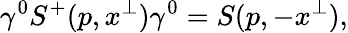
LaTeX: \gamma^{0}S^{+}(p,x^{\perp})\gamma^{0}=S(p,-x^{\perp}),